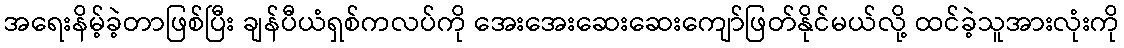
အရေးနိမ့်ခဲ့တာဖြစ်ပြီး ချန်ပီယံရှစ်ကလပ်ကို အေးအေးဆေးဆေးကျော်ဖြတ်နိုင်မယ်လို့ ထင်ခဲ့သူအားလုံးကို